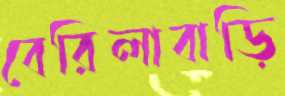
বেরিলাবাড়ি